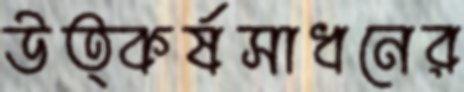
উত্কর্ষসাধনের